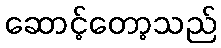
ဆောင့်တော့သည်